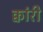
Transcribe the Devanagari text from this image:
क्वांरी